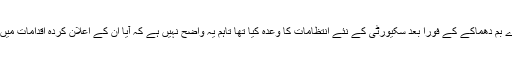
حیدر العبادی نے چند روز پہلے بغداد میں ہونے والے بڑے بم دھماکے کے فوراً بعد سکیورٹی کے نئے انتظامات کا وعدہ کیا تھا تاہم یہ واضح نہیں ہے کہ آیا اُن کے اعلان کردہ اقدامات میں سے کچھ اقدامات کو عملی شکل بھی دی گئی ہے یا نہیں۔